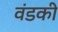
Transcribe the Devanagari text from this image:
वंडकी